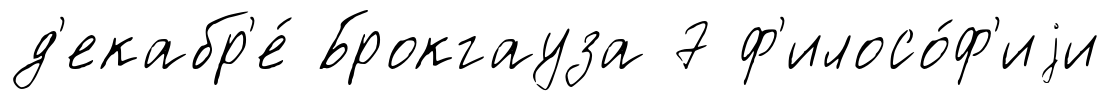
д'екабр'е́ Брокгауза 7 ф'илосо́ф'иjи